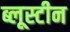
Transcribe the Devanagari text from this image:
ब्लूस्टीन